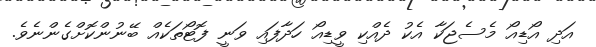
އަދި އޯޑިއޯ މެސެޖަކާ އެކު ދެއްކި ވީޑިއޯ ހަދާފައި ވަނީ ފޮޓޯތަކެއް ބޭނުންކޮށްގެންނެވެ.